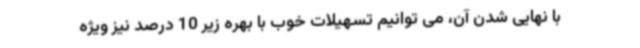
با نهایی شدن آن، می توانیم تسهیلات خوب با بهره زیر 10 درصد نیز ویژه